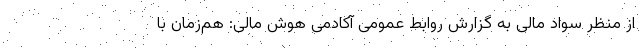
از منظر سواد مالی به گزارش روابط عمومی آکادمی هوش مالی: هم‌زمان با